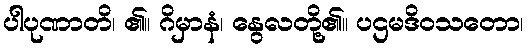
ပါပုဏာတိ၊ ၏။ ဂိမှာနံ၊ နွေလတို့၏။ ပဌမဒိဝသတော၊